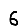
Digit: 6